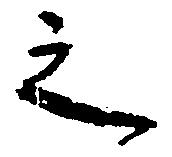
之